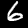
Label: 6